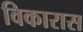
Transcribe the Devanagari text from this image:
विकारास